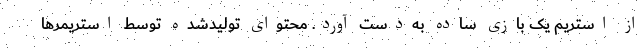
از استریم یک بازی ساده به‌دست آورد. محتوای تولیدشده توسط استریمرها